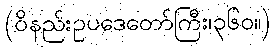
(ဝိနည်းဥပဒေတော်ကြီး၊၃၆၀။)